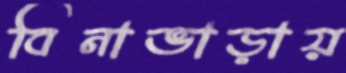
বিনাভাড়ায়